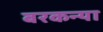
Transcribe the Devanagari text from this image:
बरकन्या